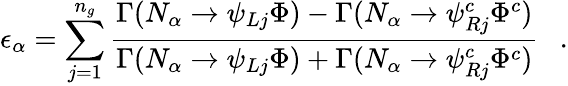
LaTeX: \epsilon_{\alpha}=\sum_{j=1}^{n_{g}}\frac{\Gamma(N_{\alpha}\rightarrow\psi_{Lj}\Phi)-\Gamma(N_{\alpha}\rightarrow\psi_{Rj}^{c}\Phi^{c})}{\Gamma(N_{\alpha}\rightarrow\psi_{Lj}\Phi)+\Gamma(N_{\alpha}\rightarrow\psi_{Rj}^{c}\Phi^{c})}~~~.